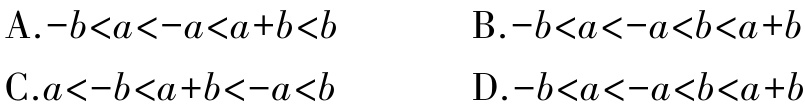
A.$-b < a < -a < a + b < b$  B.$-b < a < -a < b < a + b$

C.$a < -b < a + b < -a < b$  D.$-b < a < -a < b < a + b$